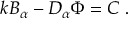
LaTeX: k B _ { \alpha } - D _ { \alpha } \Phi = { \cal C } \mathrm { ~ . }